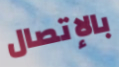
بالإتصال